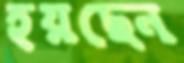
হয়ছেন